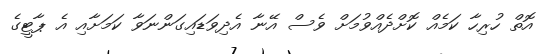
އޮތް ހުރިހާ ކަމެއް ކޮށްދެއްވުމަށް ވެސް އޭނާ އެދިވަޑައިގަންނަވާ ކަމަށާއި އެ ޕާޓީގެ